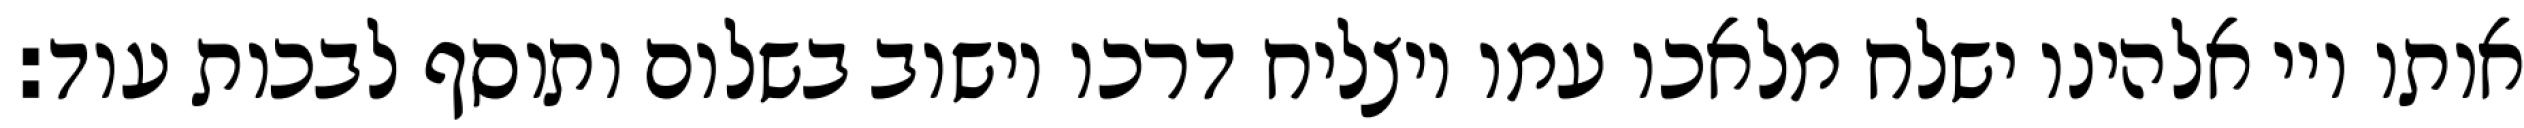
אותו ויי אלהינו ישלח מלאכו עמו ויצליח דרכו וישוב בשלום ותוסף לבכות עוד: